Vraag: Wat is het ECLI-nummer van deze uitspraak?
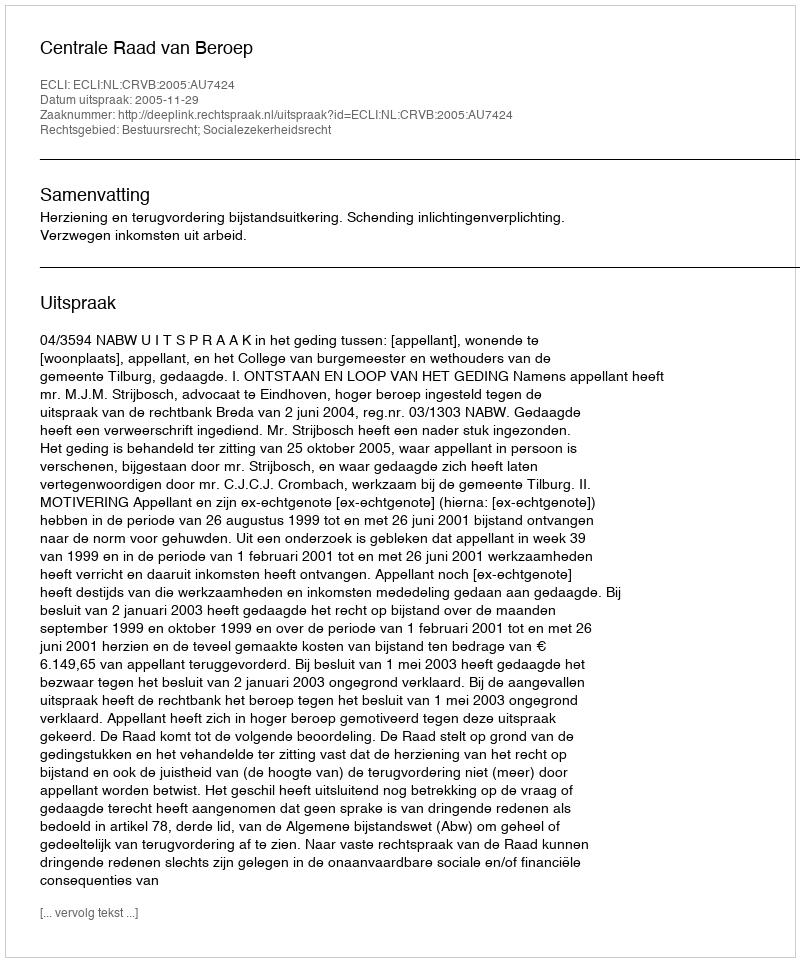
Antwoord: ECLI:NL:CRVB:2005:AU7424